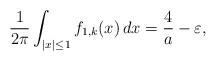
LaTeX: \begin{align*}\frac{1}{2\pi} \int_{\vert x \vert \leq 1} f_{1,k} (x) \, dx = \frac{4}{a} - \varepsilon,\end{align*}